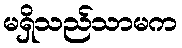
မရှိသည်သာမက